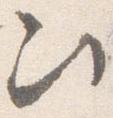
次